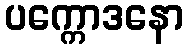
ပက္ကောဒနော